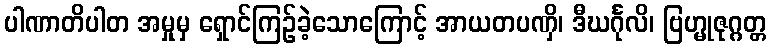
ပါဏာတိပါတ အမှုမှ ရှောင်ကြဉ်ခဲ့သောကြောင့် အာယတပဏှိ၊ ဒီဃင်္ဂုလိ၊ ဗြဟ္မုဇုဂ္ဂတ္တ